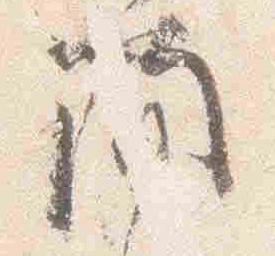
簡